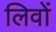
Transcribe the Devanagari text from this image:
लिवों